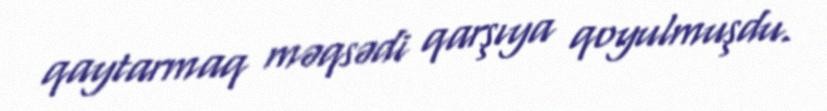
qaytarmaq məqsədi qarşıya qoyulmuşdu.